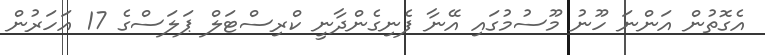
އެގޮތުން އަންނަ ހޫނު މޫސުމުގައި އޭނާ ފެނިގެންދާނީ ކްރިސްޓަލް ޕަލަސްގެ 17 އަހަރުން